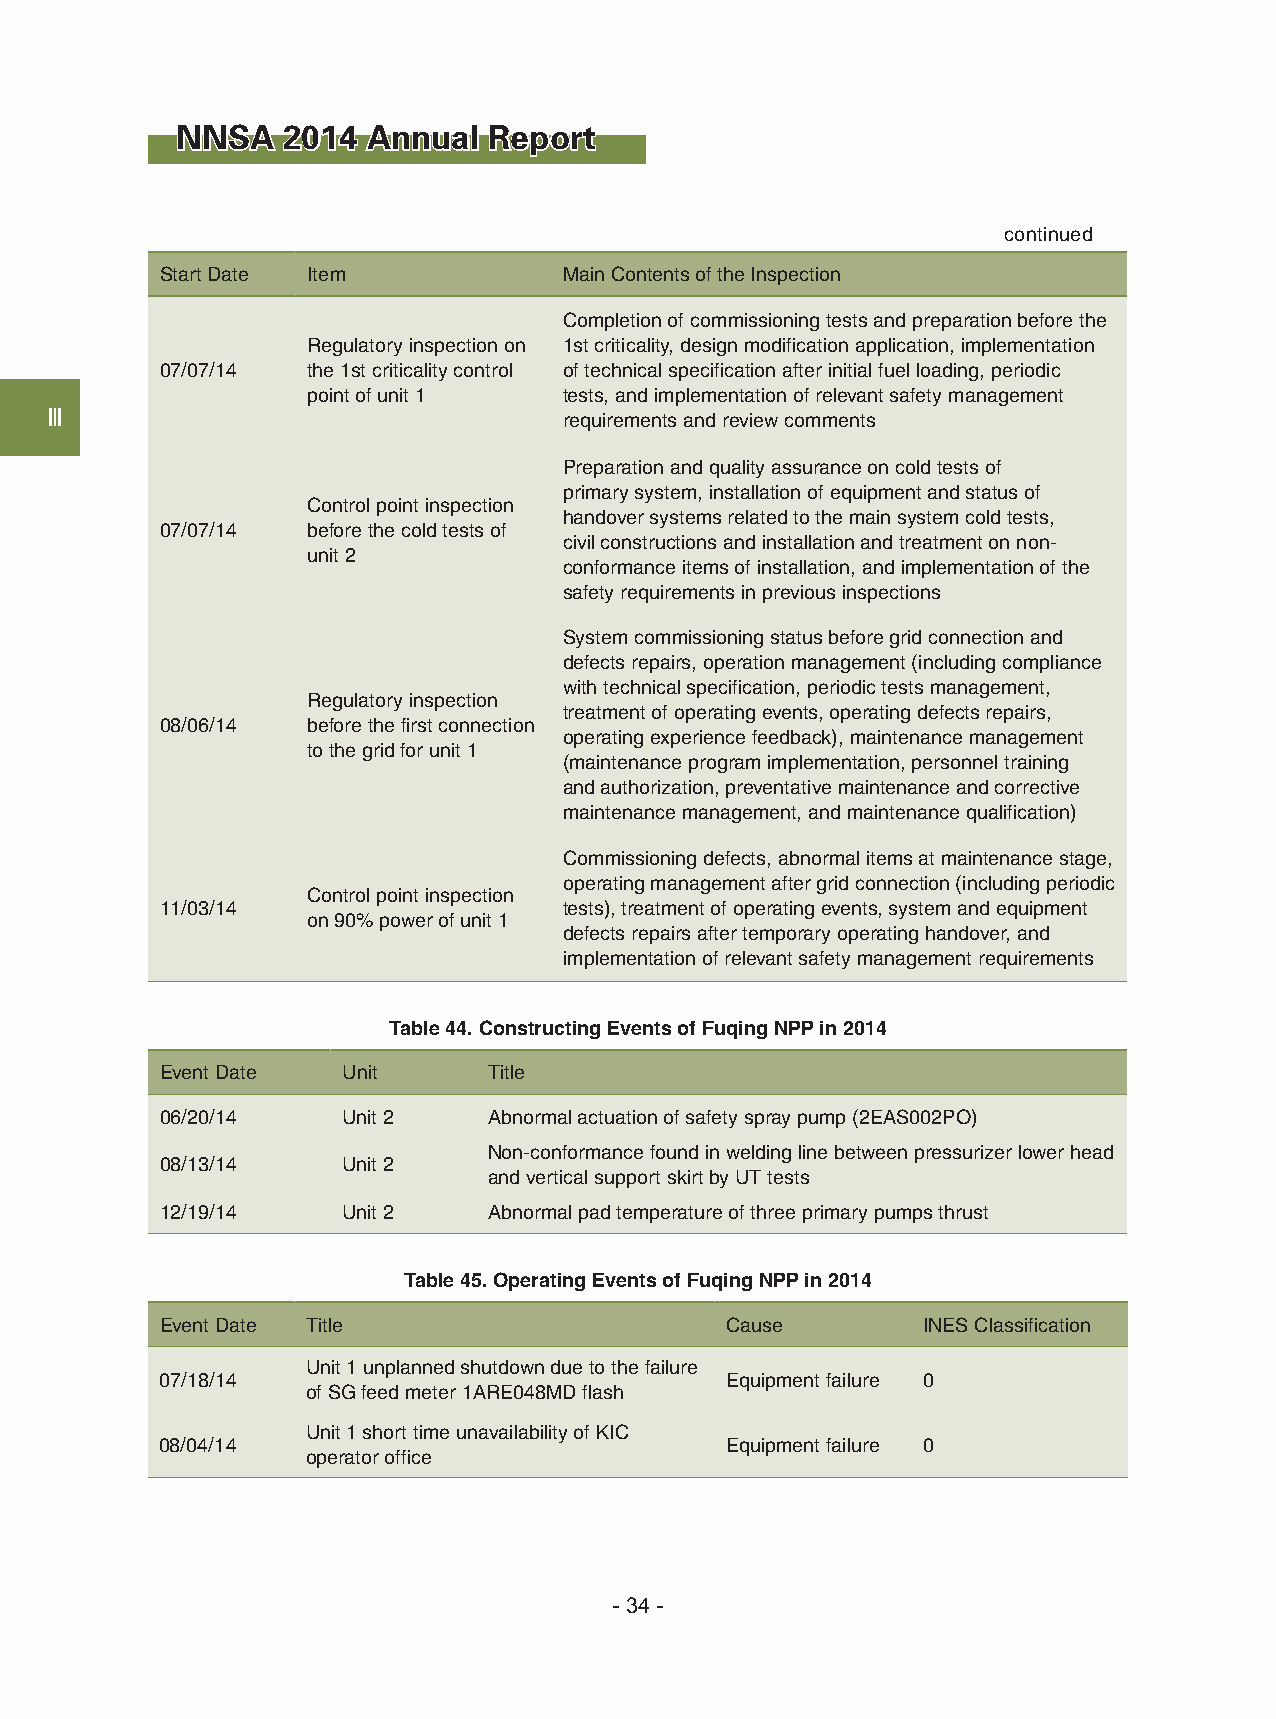
NNSA   2014 Annual  Report
 continued
 Start Date Item           Main Contents of the Inspection
 Completion of commissioning tests and preparation before the
 Regulatory inspection on 1st criticality, design modification application, implementation
 07/07/14 the 1st criticality control of technical specification after initial fuel loading, periodic
 point of unit 1  tests, and implementation of relevant safety management
 Ⅲ                                 requirements and review comments
 Preparation and quality assurance on cold tests of
 primary system, installation of equipment and status of
 Control point inspection
 handover systems related to the main system cold tests,
 07/07/14 before the cold tests of
 civil constructions and installation and treatment on non-
 unit 2
 conformance items of installation, and implementation of the
 safety requirements in previous inspections
 System commissioning status before grid connection and
 defects repairs, operation management (including compliance
 with technical specification, periodic tests management,
 Regulatory inspection
 treatment of operating events, operating defects repairs,
 08/06/14 before the first connection
 operating experience feedback), maintenance management
 to the grid for unit 1
 (maintenance program implementation, personnel training
 and authorization, preventative maintenance and corrective
 maintenance management, and maintenance qualification)
 Commissioning defects, abnormal items at maintenance stage,
 operating management after grid connection (including periodic
 Control point inspection
 11/03/14                  tests), treatment of operating events, system and equipment
 on 90% power of unit 1
 defects repairs after temporary operating handover, and
 implementation of relevant safety management requirements
 Table 44. Constructing Events of Fuqing NPP in 2014
 Event Date  Unit     Title
 06/20/14    Unit 2   Abnormal actuation of safety spray pump (2EAS002PO)
 Non-conformance found in welding line between pressurizer lower head
 08/13/14    Unit 2
 and vertical support skirt by UT tests
 12/19/14    Unit 2   Abnormal pad temperature of three primary pumps thrust
 Table 45. Operating Events of Fuqing NPP in 2014
 Event Date Title                     Cause        INES Classification
 Unit 1 unplanned shutdown due to the failure
 07/18/14                             Equipment failure 0
 of SG feed meter 1ARE048MD flash
 Unit 1 short time unavailability of KIC
 08/04/14                             Equipment failure 0
 operator office
 - 34 -